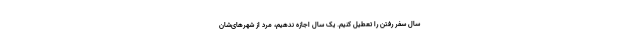
سال سفر رفتن را تعطیل کنیم. یک سال اجازه ندهیم، مرد از شهرهای‌شان